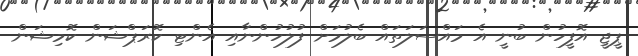
ޕީޖީ އޮފީހުން ބުނީ އެ މައްސަލަތައް ބެލުމަށް ފުލުހުންނާއި އެންޓި ކޮރަޕްޝަން ކޮމިޝަން